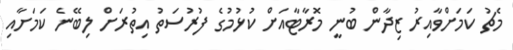
މެޗު ކަމަށްވާއިރު ޒިދާން ބުނީ މޮރާޓާއަށް ކުޅުމުގެ ފުރުސަތު އިތުރަށް ލިބޭނެ ކަމަށާއި